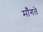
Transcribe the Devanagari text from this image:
मॉँगते